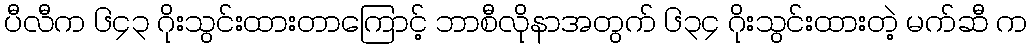
ပီလီက ၆၄၃ ဂိုးသွင်းထားတာကြောင့် ဘာစီလိုနာအတွက် ၆၃၄ ဂိုးသွင်းထားတဲ့ မက်ဆီ က